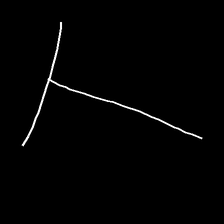
Glyph: column